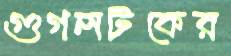
গুগলটকের